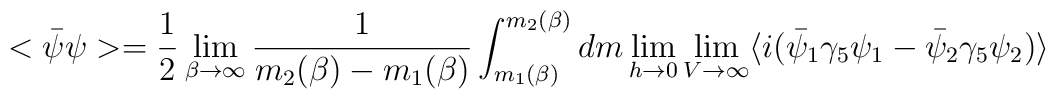
<\bar\psi\psi> ={1\over 2} \lim_{\beta\rightarrow\infty}{1\over m_2(\beta)-m_1(\beta)}\int_{m_1(\beta)}^{m_2(\beta)} dm \lim_{h\rightarrow 0} \lim_{V\rightarrow\infty} \langle i(\bar\psi_1\gamma_5 \psi_1 - \bar\psi_2\gamma_5 \psi_2) \rangle